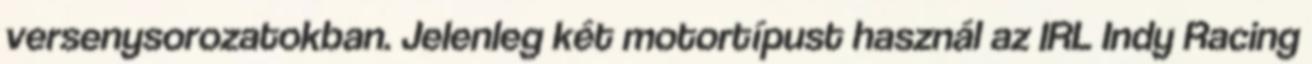
versenysorozatokban. Jelenleg két motortípust használ az IRL Indy Racing